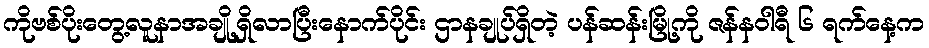
ကိုဗစ်ပိုးတွေ့လူနာအချို့ရှိလာပြီးနောက်ပိုင်း ဌာနချုပ်ရှိတဲ့ ပန်ဆန်းမြို့ကို ဇန်နဝါရီ ၆ ရက်နေ့က